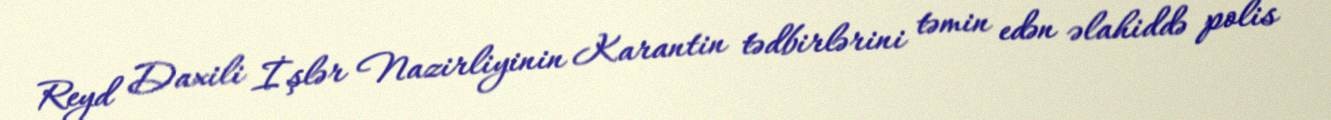
Reyd Daxili İşlər Nazirliyinin Karantin tədbirlərini təmin edən əlahiddə polis